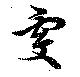
虔